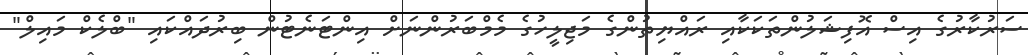
ސަރުކާރުގެ އިސް އޮފިޝަލުންތަކަކާއި ރައްޔިތުންގެ މަޖިލީހުގެ މެމްބަރުންނަށް އިންޓަނެޓުން ބިރުދައްކައި "ބްލެކް މައިލް"